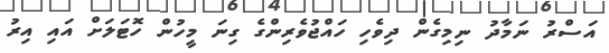
އަސްރު ނަމާދު ނިމިގެން ދިވެހި ހައްޖުވެރިންގެ ގިނަ މީހުން ހޮޓަލަށް އައި އިރު